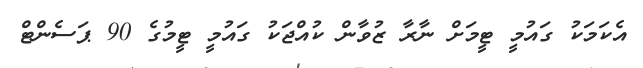
އެކަމަކު ގައުމީ ޓީމަށް ނާރާ ޒުވާން ކުއްޖަކު ގައުމީ ޓީމުގެ 90 ޕަސެންޓް